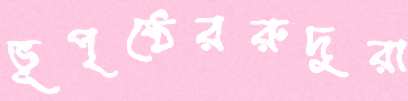
ভূপৃষ্ঠেররুদুরা